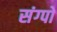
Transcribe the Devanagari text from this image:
संग्पो